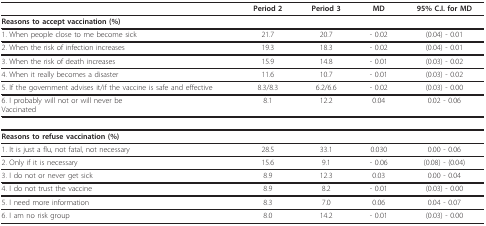
|  | Period 2 | Period 3 | MD | 95% C.I. for MD |
 | --- | --- | --- | --- | --- |
 | Reasons to accept vaccination (%) |  |  |  |  |
 | 1. When people close to me become sick | 21.7 | 20.7 | - 0.02 | (0.04) - 0.01 |
 | 2. When the risk of infection increases | 19.3 | 18.3 | - 0.02 | (0.04) - 0.01 |
 | 3. When the risk of death increases | 15.9 | 14.8 | - 0.01 | (0.03) - 0.02 |
 | 4. When it really becomes a disaster | 11.6 | 10.7 | - 0.01 | (0.03) - 0.02 |
 | 5. If the government advises it/if the vaccine is safe and effective | 8.3/8.3 | 6.2/6.6 | - 0.02 | (0.03) - 0.00 |
 | 6. I probably will not or will never beVaccinated | 8.1 | 12.2 | 0.04 | 0.02 - 0.06 |
 | Reasons to refuse vaccination (%) |  |  |  |  |
 | 1. It is just a flu, not fatal, not necessary | 28.5 | 33.1 | 0.030 | 0.00 - 0.06 |
 | 2. Only if it is necessary | 15.6 | 9.1 | - 0.06 | (0.08) - (0.04) |
 | 3. I do not or never get sick | 8.9 | 12.3 | 0.03 | 0.00 - 0.04 |
 | 4. I do not trust the vaccine | 8.9 | 8.2 | - 0.01 | (0.03) - 0.00 |
 | 5. I need more information | 8.3 | 7.0 | 0.06 | 0.04 - 0.07 |
 | 6. I am no risk group | 8.0 | 14.2 | - 0.01 | (0.03) - 0.00 |